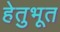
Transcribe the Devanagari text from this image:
हेतुभूत